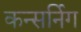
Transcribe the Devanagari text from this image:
कन्सर्निग